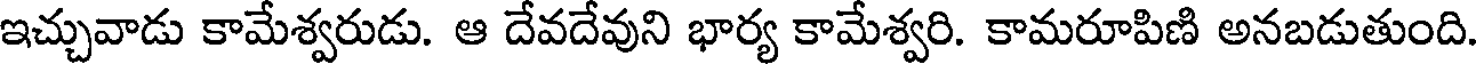
ఇచ్చువాడు కామేశ్వరుడు. ఆ దేవదేవుని భార్య కామేశ్వరి. కామరూపిణి అనబడుతుంది